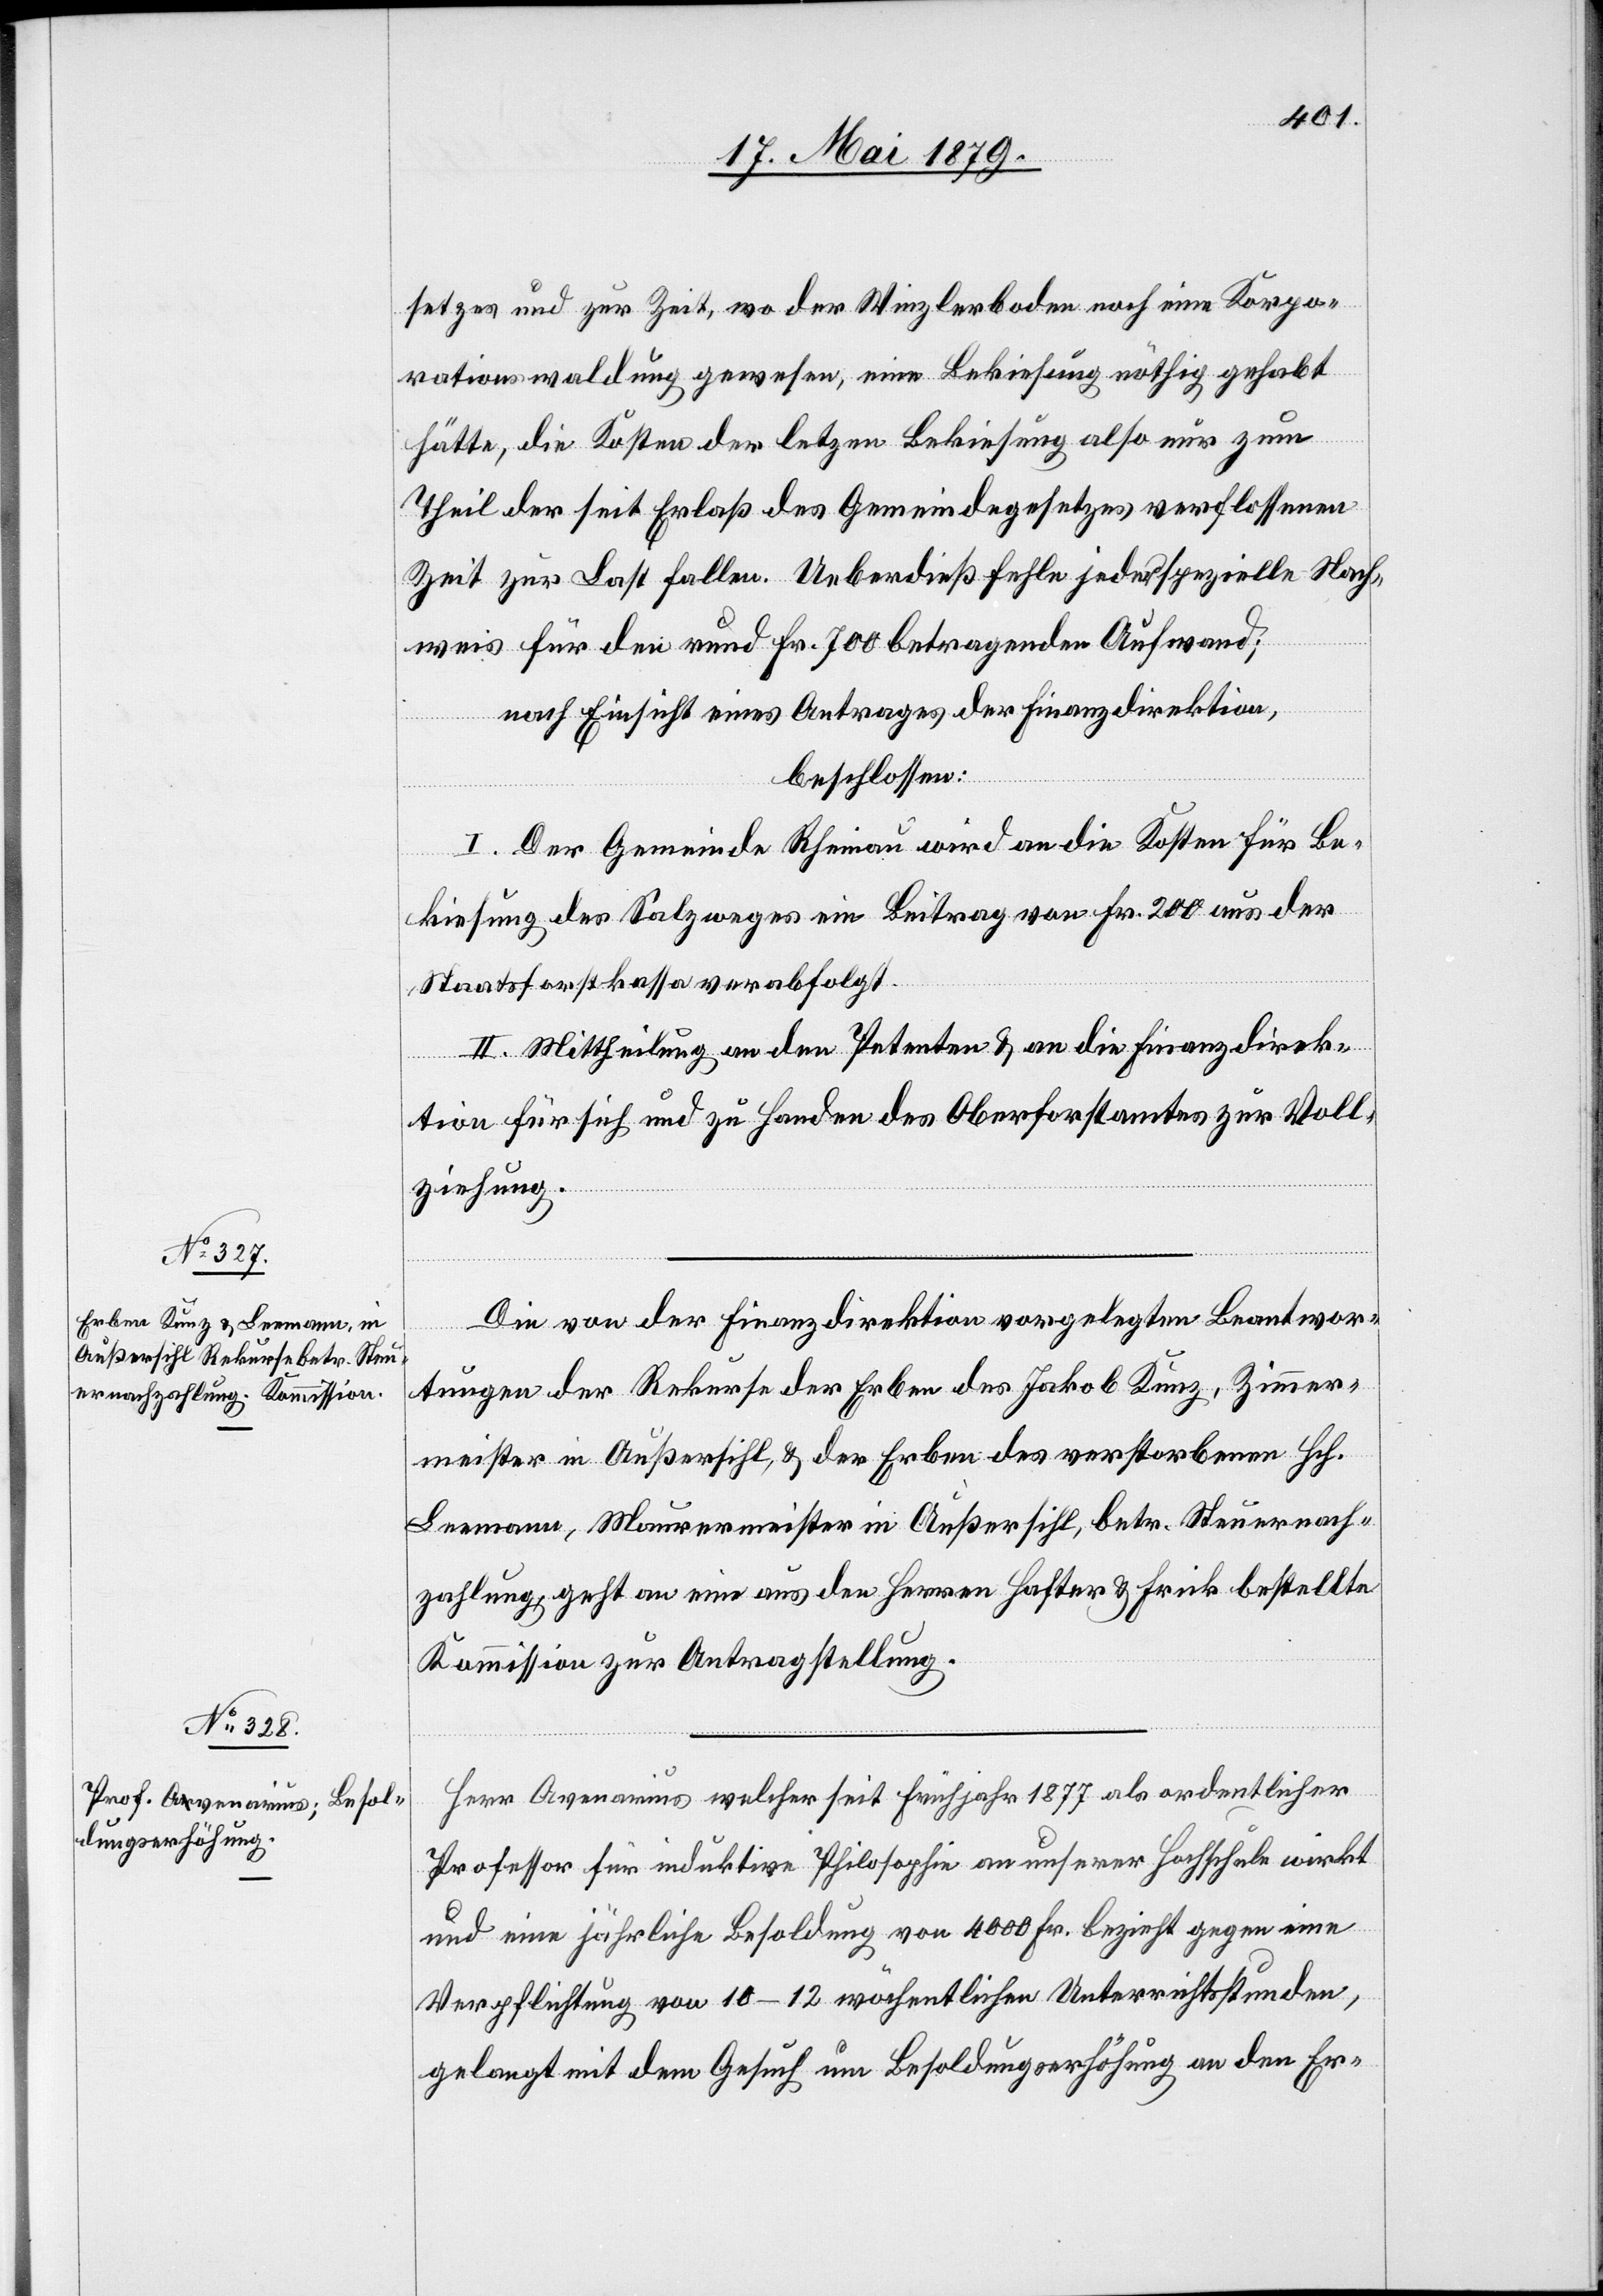
setzes und zur Zeit, wo der Winzlerboden noch eine Korpo¬
rationswaldung gewesen, eine Bekeisung nöthig gehabt
hätte, die Kosten der letz[t]en Bekiesung also nur zum
Theil der seit Erlaß des Gemeindegesetzes verflossenen
Zeit zur Last fallen. Ueberdieß fehle jeder spezielle Nach¬
weis für den rund Fr. 700 betragenden Aufwand;
nach Einsicht eines Antrages der Finanzdirektion,
beschlossen:
I. Der Gemeinde Rheinau wird an die Kosten für Be¬
kiesung der Salzweges ein Beitrag von Fr. 200 aus der
Staatsforstkassa verabfolgt.
II. Mittheilung an den Petenten & an die Finanzdirek¬
tion für sich und zu Handen des Oberforstamtes zur Voll¬
ziehung.
Die von der Finanzdirektion vorgelegten Beantwor¬
tungen der Rekurse der Erben des Jakob Kunz, Zimmer¬
meister in Außersihl, & der Erben des verstorbenen Hch.
Leemann, Maurermeister in Außersihl, betr. Steuernach¬
zahlung, geht an eine aus den Herren Hafter & Frick bestellte
Kommission zur Antragstellung.
Herr Avenarius welcher seit Frühjahr 1877 als ordentlicher
Professor für induktive Philosophie an unserer Hochschule wirkt
und eine jährliche Besoldung von 4000 Fr. bezieht gegen eine
Verpflichtung von 10–12 wöchentlichen Unterrichtsstunden,
gelangt mit dem Gesuch um Besoldungserhöhung an den Er-